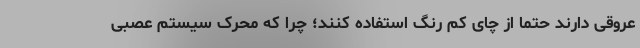
عروقی دارند حتما از چای کم رنگ استفاده کنند؛ چرا که محرک سیستم عصبی